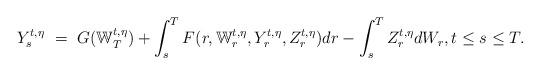
LaTeX: \begin{align*}Y_s^{t,\eta} \ = \ G(\mathbb W_T^{t,\eta}) + \int_s^T F(r,\mathbb W_r^{t,\eta},Y_r^{t,\eta},Z_r^{t,\eta}) dr - \int_s^T Z_r^{t,\eta} dW_r, t \leq s \leq T.\end{align*}